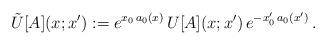
LaTeX: \begin{align*}\tilde U[A](x;x') := e^{x_0 \, a_0(x)} \, U[A](x;x') \, e^{-x_0' \, a_0(x')} \,.\end{align*}